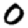
Digit: 0